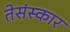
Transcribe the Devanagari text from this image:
तेसंस्कार